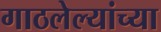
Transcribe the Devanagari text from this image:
गाठलेल्यांच्या